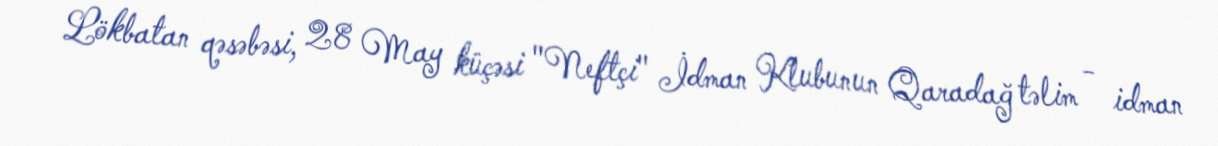
Lökbatan qəsəbəsi, 28 May küçəsi "Neftçi" İdman Klubunun Qaradağ təlim - idman